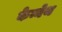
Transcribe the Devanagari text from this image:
केन्नेथ